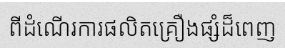
ពីដំណើរការផលិតគ្រឿងផ្សំដ៏ពេញ